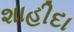
શાહીદા